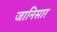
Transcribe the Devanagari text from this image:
जानिसार